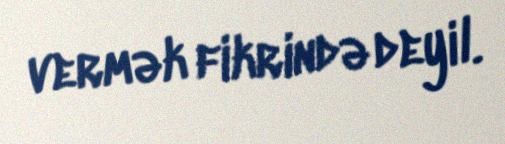
vermək fikrində deyil.